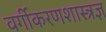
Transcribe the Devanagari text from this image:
वर्गीकरणशास्त्रज्ञ